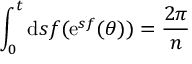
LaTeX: \int _ { 0 } ^ { t } \mathrm { d } s f ( \mathrm { e } ^ { s f } ( \theta ) ) = \frac { 2 \pi } { n }